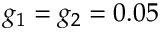
g _ { 1 } = g _ { 2 } = 0 . 0 5